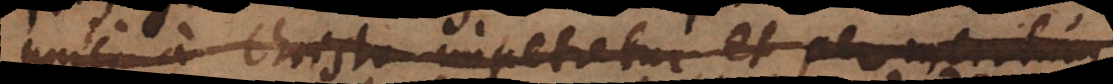
uniti a Christo impetretur et per meritum